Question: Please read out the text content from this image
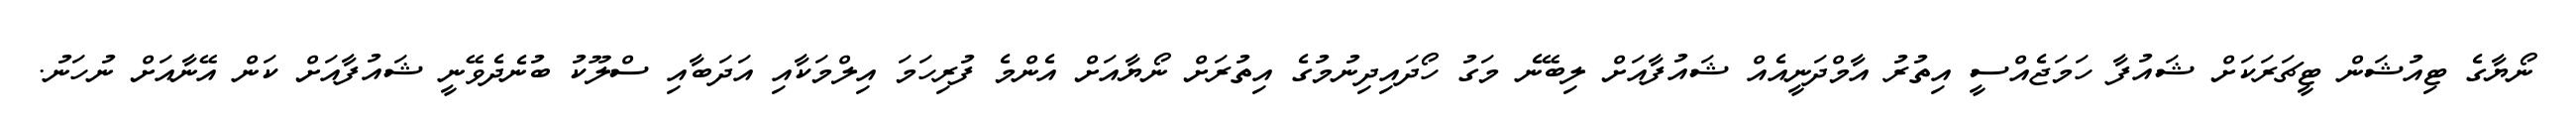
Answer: ނޯޔާގެ ޓިއުޝަން ޓީޗަރަކަށް ޝައުފާ ހަމަޖެއްސީ އިތުރު އާމްދަނީއެއް ޝައުފާއަށް ލިބޭނެ މަގު ހޯދައިދިނުމުގެ އިތުރަށް ނޯޔާއަށް އެންމެ ފުރިހަމަ އިލްމަކާއި އަދަބާއި ސްލޫކު ބުނެދެވޭނީ ޝައުފާއަށް ކަން އޭނާއަށް ނުހަނު.